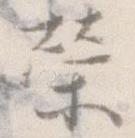
栄